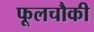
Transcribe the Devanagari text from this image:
फूलचौकी